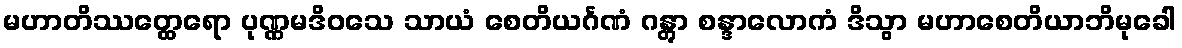
မဟာတိဿတ္ထေရော ပုဏ္ဏမဒိဝသေ သာယံ စေတိယင်္ဂဏံ ဂန္တွာ စန္ဒာလောကံ ဒိသွာ မဟာစေတိယာဘိမုခေါ